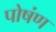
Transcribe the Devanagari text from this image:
पोषंण